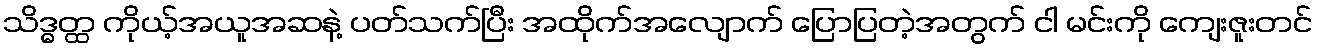
သိဒ္ဓတ္ထ ကိုယ့်အယူအဆနဲ့ ပတ်သက်ပြီး အထိုက်အလျောက် ပြောပြတဲ့အတွက် ငါ မင်းကို ကျေးဇူးတင်